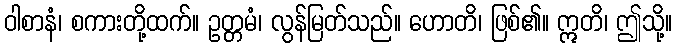
ဝါစာနံ၊ စကားတို့ထက်။ ဥတ္တမံ၊ လွန်မြတ်သည်။ ဟောတိ၊ ဖြစ်၏။ ဣတိ၊ ဤသို့။